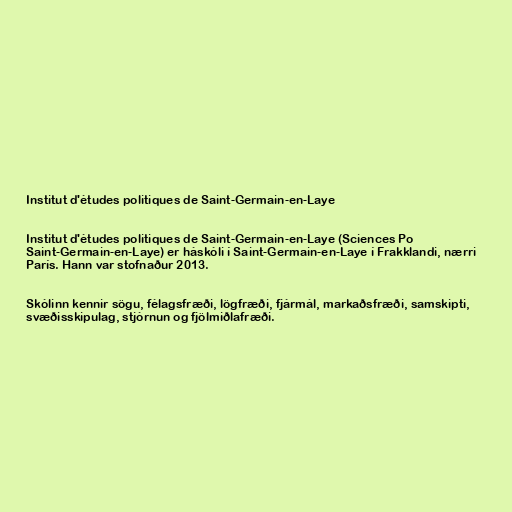
Institut d'études politiques de Saint-Germain-en-Laye

Institut d'études politiques de Saint-Germain-en-Laye (Sciences Po
Saint-Germain-en-Laye) er háskóli í Saint-Germain-en-Laye í Frakklandi, nærri
París. Hann var stofnaður 2013.

Skólinn kennir sögu, félagsfræði, lögfræði, fjármál, markaðsfræði, samskipti,
svæðisskipulag, stjórnun og fjölmiðlafræði.